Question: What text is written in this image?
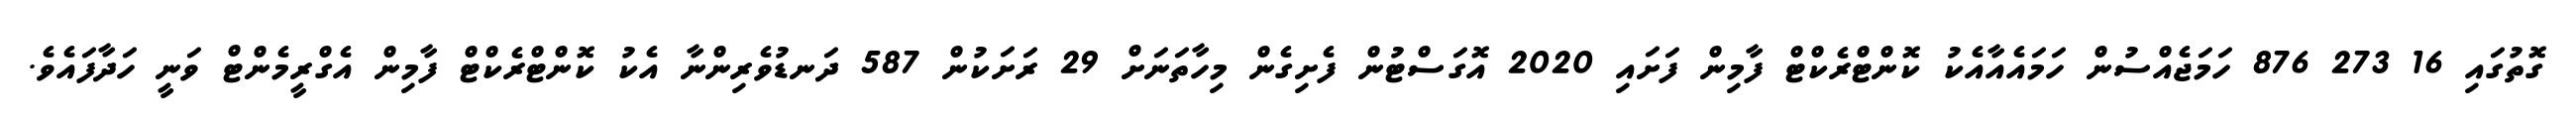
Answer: ގޮތުގައި 16 273 876 ހަމަޖެއްސުން ހަމައެއާއެކު ކޮންޓްރެކްޓް ފާމިން ފަށައި 2020 އޮގަސްޓުން ފެށިގެން މިހާތަނަށް 29 ރަށަކުން 587 ދަނޑުވެރިންނާ އެކު ކޮންޓްރެކްޓް ފާމިން އެގްރީމެންޓް ވަނީ ހަދާފައެވެ.